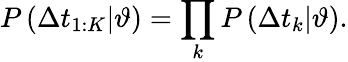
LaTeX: P\left(\Delta t_{1:K}|\vartheta\right)=\prod_{k}P\left(\Delta t_{k}|\vartheta\right).